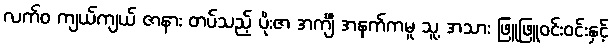
လက်ဝ ကျယ်ကျယ် ဇာနား တပ်သည့် ပိုးဇာ အင်္ကျီ အနက်ကမူ သူ့ အသား ဖြူဖြူဝင်းဝင်းနှင့်